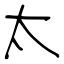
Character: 太